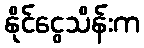
နိုင်ငွေသိန်းက